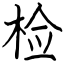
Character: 检